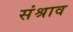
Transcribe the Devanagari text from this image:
संश्राव